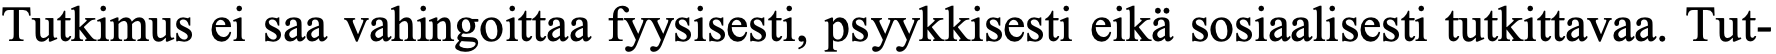
Tutkimus ei saa vahingoittaa fyysisesti, psyykkisesti eikä sosiaalisesti tutkittavaa. Tut-